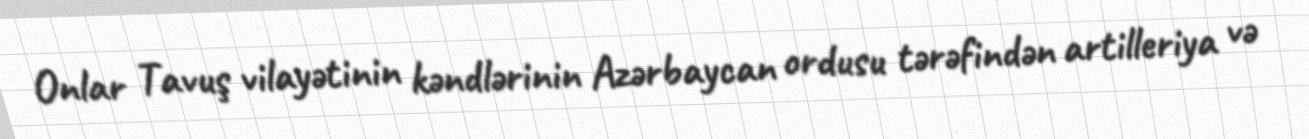
Onlar Tavuş vilayətinin kəndlərinin Azərbaycan ordusu tərəfindən artilleriya və